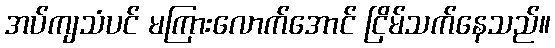
အပ်ကျသံပင် မကြားလောက်အောင် ငြိမ်သက်နေသည်။